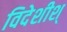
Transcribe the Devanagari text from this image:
विदेशीश्